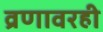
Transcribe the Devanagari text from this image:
व्रणावरही